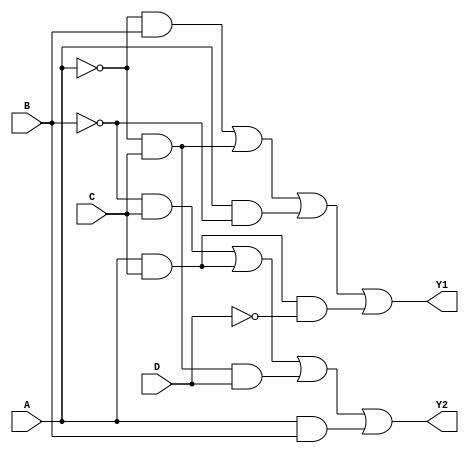
module comb_logic_block(
    input wire A,
    input wire B,
    input wire C,
    input wire D,
    output wire Y1,
    output wire Y2
);

// Internal signals for intermediate logic
wire A_not, B_not, C_not, D_not;

// Inverters
assign A_not = ~A;
assign B_not = ~B;
assign C_not = ~C;
assign D_not = ~D;

// Logic for Y1
assign Y1 = (A_not & B) | (A_not & C) | (A & B_not) | (A & C & D_not);

// Logic for Y2
assign Y2 = (B_not & C) | (A & C) | (A_not & C & D) | (A & B);

endmodule